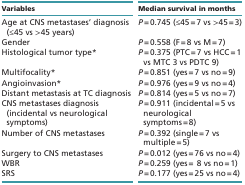
| Variables | Median survival in months |
 | --- | --- |
 | Age at CNS metastases’ diagnosis (≤45 vs >45 years) | P = 0.745 (≤45 = 7 vs >45 = 3) |
 | Gender | P = 0.558 (F = 8 vs M = 7) |
 | Histological tumor type* | P = 0.375 (PTC = 7 vs HCC = 1 vs MTC 3 vs PDTC 9) |
 | Multifocality* | P = 0.851 (yes = 7 vs no = 9) |
 | Angioinvasion* | P = 0.976 (yes = 9 vs no = 4) |
 | Distant metastasis at TC diagnosis | P = 0.814 (yes = 5 vs no = 7) |
 | CNS metastases diagnosis (incidental vs neurological symptoms) | P = 0.911 (incidental = 5 vs neurological symptoms = 8) |
 | Number of CNS metastases | P = 0.392 (single = 7 vs multiple = 5) |
 | Surgery to CNS metastases | P = 0.012 (yes = 76 vs no = 4) |
 | WBR | P = 0.259 (yes =8 vs no = 1) |
 | SRS | P = 0.177 (yes = 25 vs no = 4) |